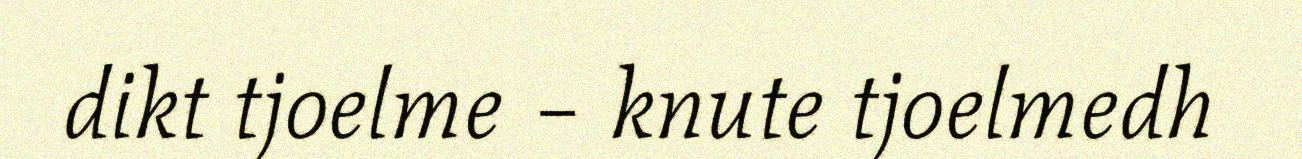
dikt tjoelme – knute tjoelmedh